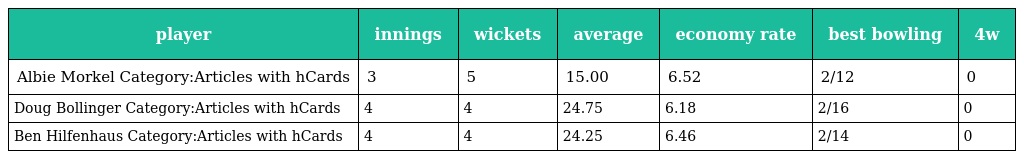
| player | innings | wickets | average | economy rate | best bowling | 4w |
 | --- | --- | --- | --- | --- | --- | --- |
 | Albie Morkel Category:Articles with hCards | 3 | 5 | 15.00 | 6.52 | 2/12 | 0 |
 | Doug Bollinger Category:Articles with hCards | 4 | 4 | 24.75 | 6.18 | 2/16 | 0 |
 | Ben Hilfenhaus Category:Articles with hCards | 4 | 4 | 24.25 | 6.46 | 2/14 | 0 |